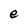
Character: e